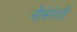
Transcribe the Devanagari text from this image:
नौसेनेशी